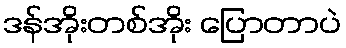
ဒန်အိုးတစ်အိုး ပြောတာပဲ